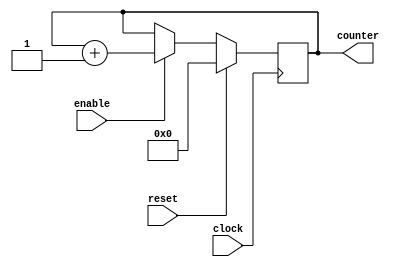
`timescale 1ns / 1ps
//////////////////////////////////////////////////////////////////////////////////
// Company: 
// Engineer: 
// 
// Design Name: 
// Module Name: counter_module
// Project Name: 
// Target Devices: 
// Tool Versions: 
// Description: 
// 
// Dependencies: 
// 
// Revision:
// Revision 0.01 - File Created
// Additional Comments:
// 
//////////////////////////////////////////////////////////////////////////////////


module counter_module(
    input clock,
    input reset,
    input enable,
    output reg [3:0] counter
    );
    always @ (posedge clock) begin
            if(reset) begin
                counter <= 4'b0000;
            end
            else if(enable) begin
                counter <= counter + 1'b1;
            end
        end
endmodule